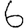
Digit: 6